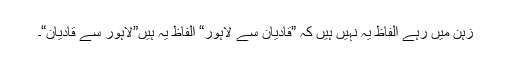
زہن میں رہے الفاظ یہ نہیں ہیں کہ ”قادیان سے لاہور“ الفاظ یہ ہیں”لاہور سے قادیان“۔